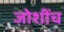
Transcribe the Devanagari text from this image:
जोशींच